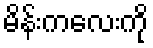
မိန်းကလေးကို